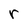
Character: r